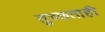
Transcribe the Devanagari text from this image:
तुच्छताही